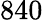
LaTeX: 840